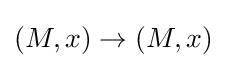
(M,x)\to (M,x)